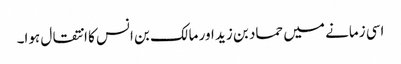
اسی زمانے میں حماد بن زید اور مالک بن انس کا انتقال ہوا۔